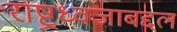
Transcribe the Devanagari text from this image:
राष्ट्रध्वजाबद्दल